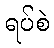
ရပ်စဲ